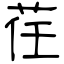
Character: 荏